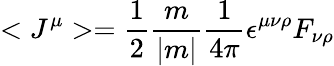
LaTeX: <J^{\mu}>=\frac{1}{2}\frac{m}{|m|}\frac{1}{4\pi}\epsilon^{\mu\nu\rho}F_{\nu\rho}